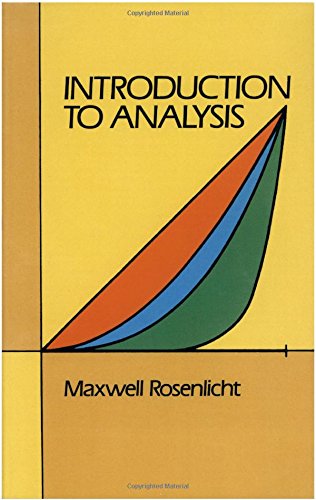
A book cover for Introduction to Analysis (Dover Books on Mathematics); Maxwell Rosenlicht; Science & Math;